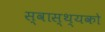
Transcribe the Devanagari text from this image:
स्वास्थ्यको